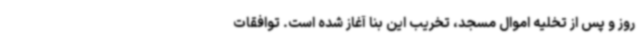
روز و پس از تخلیه اموال مسجد، تخریب این بنا آغاز شده است. توافقات